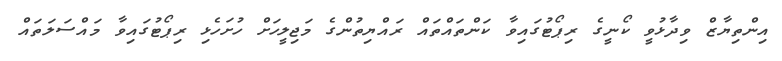
އިންތިޔާޒް ވިދާޅުވީ ކޯނީގެ ރިޕޯޓުގައިވާ ކަންތައްތައް ރައްޔިތުންގެ މަޖިލީހަށް ހުށަހެޅި ރިޕޯޓުގައިވާ މައްސަލަތައް